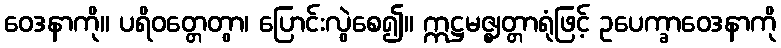
ဝေဒနာကို။ ပရိဝတ္တေတွာ၊ ပြောင်းလွဲစေ၍။ ဣဋ္ဌမဇ္ဈတ္တာရုံဖြင့် ဥပေက္ခာဝေဒနာကို